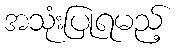
အသုံးပြုရမည့်